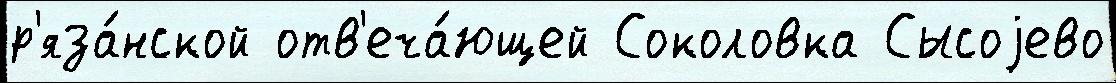
р'яза́нской отв'еча́ющей Соколовка Сысоjево